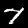
Digit: 7